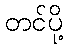
တင်ပို့